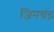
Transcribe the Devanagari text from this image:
जिनचंद्र